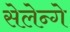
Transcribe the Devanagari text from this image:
सेलेन्गे